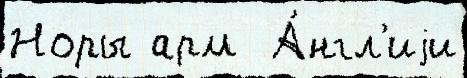
Норы арм  А́нгл'иjи